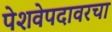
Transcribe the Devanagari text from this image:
पेशवेपदावरचा